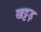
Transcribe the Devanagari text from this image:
खट्टड़